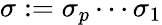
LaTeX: \sigma:=\sigma_{p}\cdots\sigma_{1}